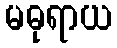
မဓုရာယ